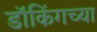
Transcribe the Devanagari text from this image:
डॉकिंगच्या